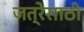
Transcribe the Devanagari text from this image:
जत्रेसाठी